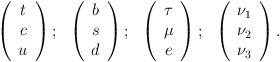
LaTeX: \begin{align*}\left( \begin{array}{c} t \\ c \\ u \end{array} \right); \ \ \left( \begin{array}{c} b \\ s \\ d \end{array} \right); \ \ \left( \begin{array}{c} \tau \\ \mu \\ e \end{array} \right); \ \ \left( \begin{array}{c} \nu_1 \\ \nu_2 \\ \nu_3 \end{array} \right).\end{align*}